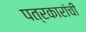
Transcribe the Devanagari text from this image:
पत्रकारांची